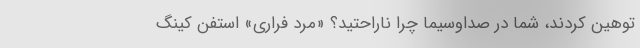
توهین کردند، شما در صداوسیما چرا ناراحتید؟ «مرد فراری» استفن کینگ